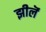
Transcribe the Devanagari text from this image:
झीलॆं